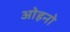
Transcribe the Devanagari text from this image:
ओहनो